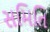
સમિતિ